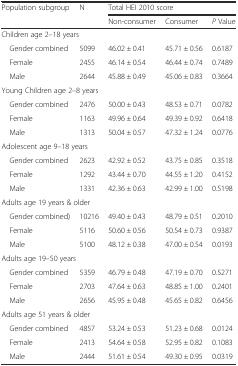
<table><thead><tr><td rowspan="2"><b>Population subgroup</b></td><td rowspan="2"><b>N</b></td><td colspan="3"><b>Total HEI 2010 score</b></td></tr><tr><td><b>Non-consumer</b></td><td><b>Consumer</b></td><td><b><i>P</i> Value</b></td></tr></thead><tbody><tr><td colspan="5">Children age 2–18 years</td></tr><tr><td> Gender combined</td><td>5099</td><td>46.02 ± 0.41</td><td>45.71 ± 0.56</td><td>0.6187</td></tr><tr><td> Female</td><td>2455</td><td>46.14 ± 0.54</td><td>46.44 ± 0.74</td><td>0.7489</td></tr><tr><td> Male</td><td>2644</td><td>45.88 ± 0.49</td><td>45.06 ± 0.83</td><td>0.3664</td></tr><tr><td colspan="5">Young Children age 2–8 years</td></tr><tr><td> Gender combined</td><td>2476</td><td>50.00 ± 0.43</td><td>48.53 ± 0.71</td><td>0.0782</td></tr><tr><td> Female</td><td>1163</td><td>49.96 ± 0.64</td><td>49.39 ± 0.92</td><td>0.6418</td></tr><tr><td> Male</td><td>1313</td><td>50.04 ± 0.57</td><td>47.32 ± 1.24</td><td>0.0776</td></tr><tr><td colspan="5">Adolescent age 9–18 years</td></tr><tr><td> Gender combined</td><td>2623</td><td>42.92 ± 0.52</td><td>43.75 ± 0.85</td><td>0.3518</td></tr><tr><td> Female</td><td>1292</td><td>43.44 ± 0.70</td><td>44.55 ± 1.20</td><td>0.4152</td></tr><tr><td> Male</td><td>1331</td><td>42.36 ± 0.63</td><td>42.99 ± 1.00</td><td>0.5198</td></tr><tr><td colspan="5">Adults age 19 years &amp; older</td></tr><tr><td> Gender combined)</td><td>10216</td><td>49.40 ± 0.43</td><td>48.79 ± 0.51</td><td>0.2010</td></tr><tr><td> Female</td><td>5116</td><td>50.60 ± 0.56</td><td>50.54 ± 0.73</td><td>0.9387</td></tr><tr><td> Male</td><td>5100</td><td>48.12 ± 0.38</td><td>47.00 ± 0.54</td><td>0.0193</td></tr><tr><td colspan="5">Adults age 19–50 years</td></tr><tr><td> Gender combined</td><td>5359</td><td>46.79 ± 0.48</td><td>47.19 ± 0.70</td><td>0.5271</td></tr><tr><td> Female</td><td>2703</td><td>47.64 ± 0.63</td><td>48.85 ± 1.00</td><td>0.2401</td></tr><tr><td> Male</td><td>2656</td><td>45.95 ± 0.48</td><td>45.65 ± 0.82</td><td>0.6456</td></tr><tr><td colspan="5">Adults age 51 years &amp; older</td></tr><tr><td> Gender combined</td><td>4857</td><td>53.24 ± 0.53</td><td>51.23 ± 0.68</td><td>0.0124</td></tr><tr><td> Female</td><td>2413</td><td>54.64 ± 0.58</td><td>52.95 ± 0.82</td><td>0.1083</td></tr><tr><td> Male</td><td>2444</td><td>51.61 ± 0.54</td><td>49.30 ± 0.95</td><td>0.0319</td></tr></tbody></table>